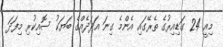
މިއީ 24 ގަޑިއިރުގެ ތެރޭގައި އެންމެ ގިނަ އަދަދެއްގެ ބަޔަކު ސޮއިކުރި މިފަދަ